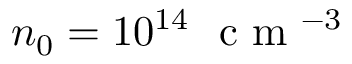
n _ { 0 } = 1 0 ^ { 1 4 } ~ \mathrm { ~ c ~ m ~ } ^ { - 3 }